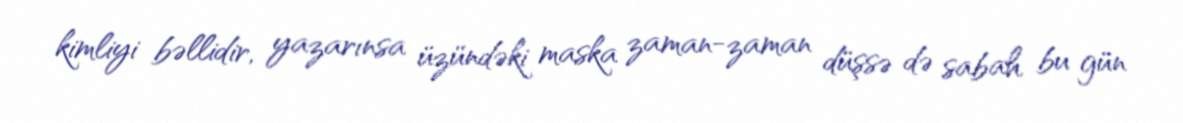
kimliyi bəllidir, yazarınsa üzündəki maska zaman-zaman düşsə də sabah bu gün